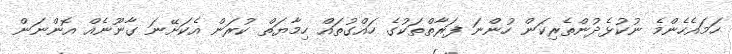
ހަމައެހެންމެ ނުކުޅެދުންތެރިކަން ހުންނަ ފަރާތްތަކުގެ ހައްގުތައް ހިމާޔަތް ކުރަން އެކަށޭނަ ގާނޫނެއް އޮންނަން